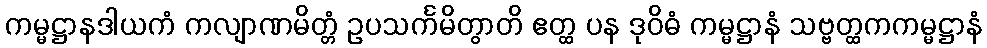
ကမ္မဋ္ဌာနဒါယကံ ကလျာဏမိတ္တံ ဥပသင်္ကမိတွာတိ ဧတ္ထ ပန ဒုဝိဓံ ကမ္မဋ္ဌာနံ သဗ္ဗတ္ထကကမ္မဋ္ဌာနံ